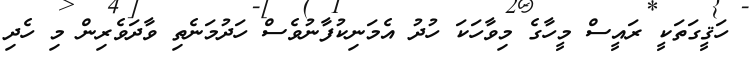
ހަޤީގަތަކީ ރައީސް މީހާގެ މިވާހަކަ ހުދު އެމަނިކުފާނުވެސް ހަދުމަނެތި ވާދަވެރިން މި ހެދި